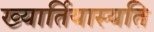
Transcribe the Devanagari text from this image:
ख्यार्तियास्यति